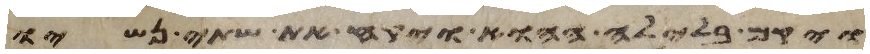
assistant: ויקם בלילה ההוא ויקח את שתי נשיו